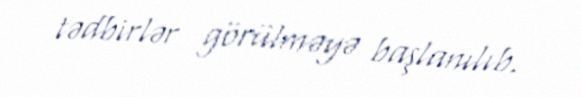
tədbirlər görülməyə başlanılıb.